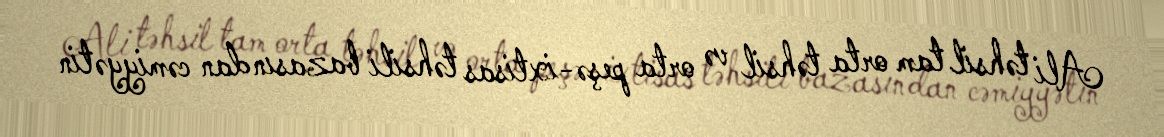
Ali təhsil tam orta təhsil və orta peşə-ixtisas təhsili bazasından cəmiyyətin